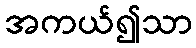
အကယ်၍သာ